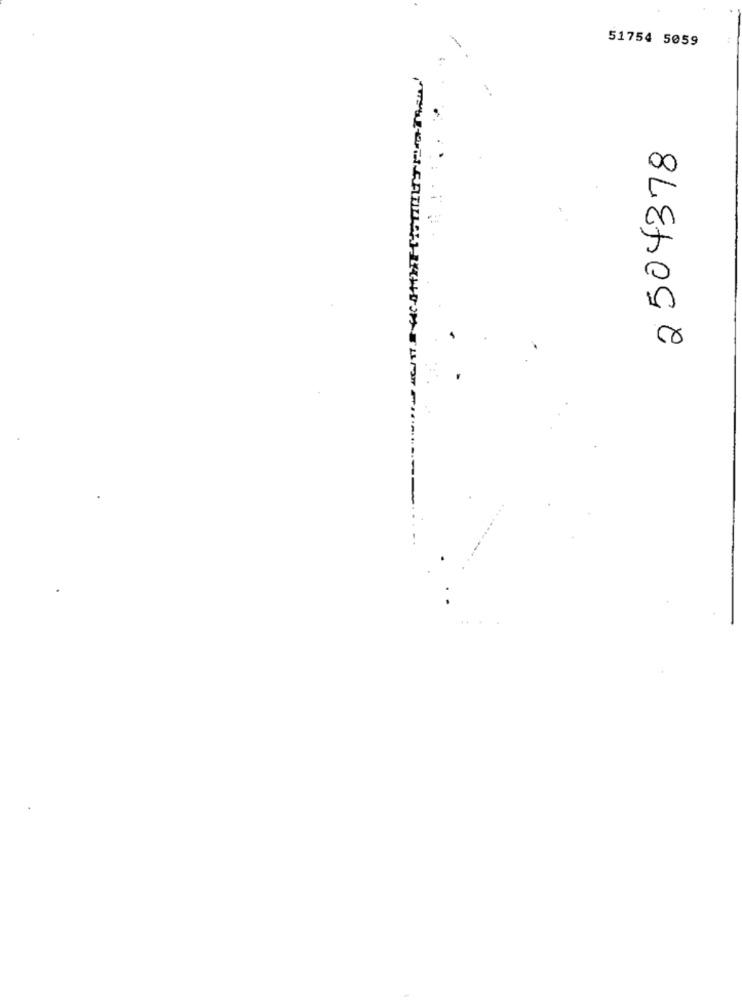
51754 5059
2504378